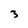
Character: 3